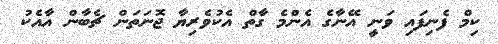
ކިމް ފެނިފައި ވަނީ އޭނާގެ އެންމެ ގާތް އެކުވެރިޔާ ޖޮނަތަން ޗެބާން އާއެކު